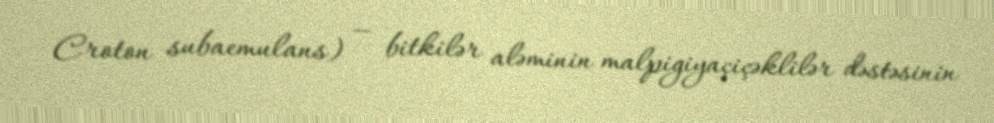
Croton subaemulans) — bitkilər aləminin malpigiyaçiçəklilər dəstəsinin